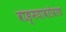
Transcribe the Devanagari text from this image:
वाङ्‌मयाबरोबरच